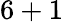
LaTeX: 6+1